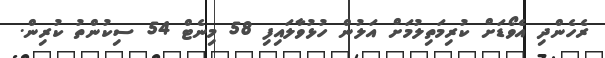
ރެހެންދި އެވޯޑަށް ކުރިމަތިލުމަށް އަލުން ހުޅުވާލައިފި 58 މިނެޓް 54 ސިކުންތު ކުރިން.